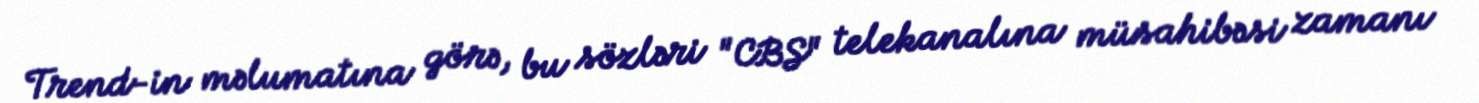
Trend-in məlumatına görə, bu sözləri "CBS" telekanalına müsahibəsi zamanı